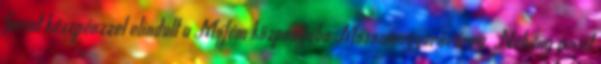
forint készpénzzel elindult a Mofém központjába Mosonmagyaróvárra. Néhány évvel